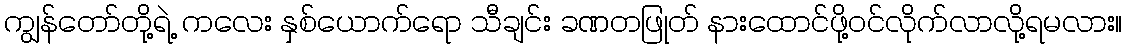
ကျွန်တော်တို့ရဲ့ ကလေး နှစ်ယောက်ရော သီချင်း ခဏတဖြုတ် နားထောင်ဖို့ဝင်လိုက်လာလို့ရမလား။